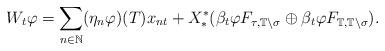
LaTeX: \begin{align*}W_t\varphi = \sum_{n\in\mathbb N}(\eta_n\varphi)(T)x_{nt} + X_*^*(\beta_t\varphi F_{\tau,\mathbb T\setminus\sigma}\oplus \beta_t\varphi F_{\mathbb T,\mathbb T\setminus\sigma}).\end{align*}